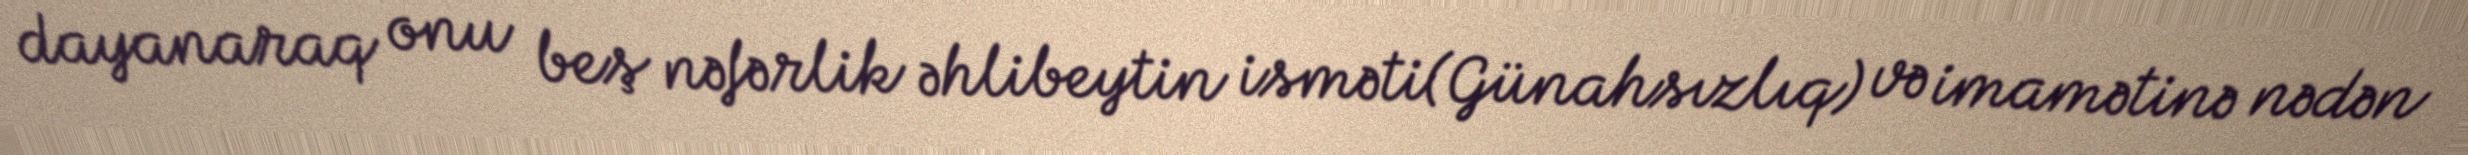
dayanaraq onu beş nəfərlik əhlibeytin isməti(Günahsızlıq) və imamətinə nədən